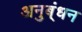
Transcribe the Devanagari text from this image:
अनुब्ंधन